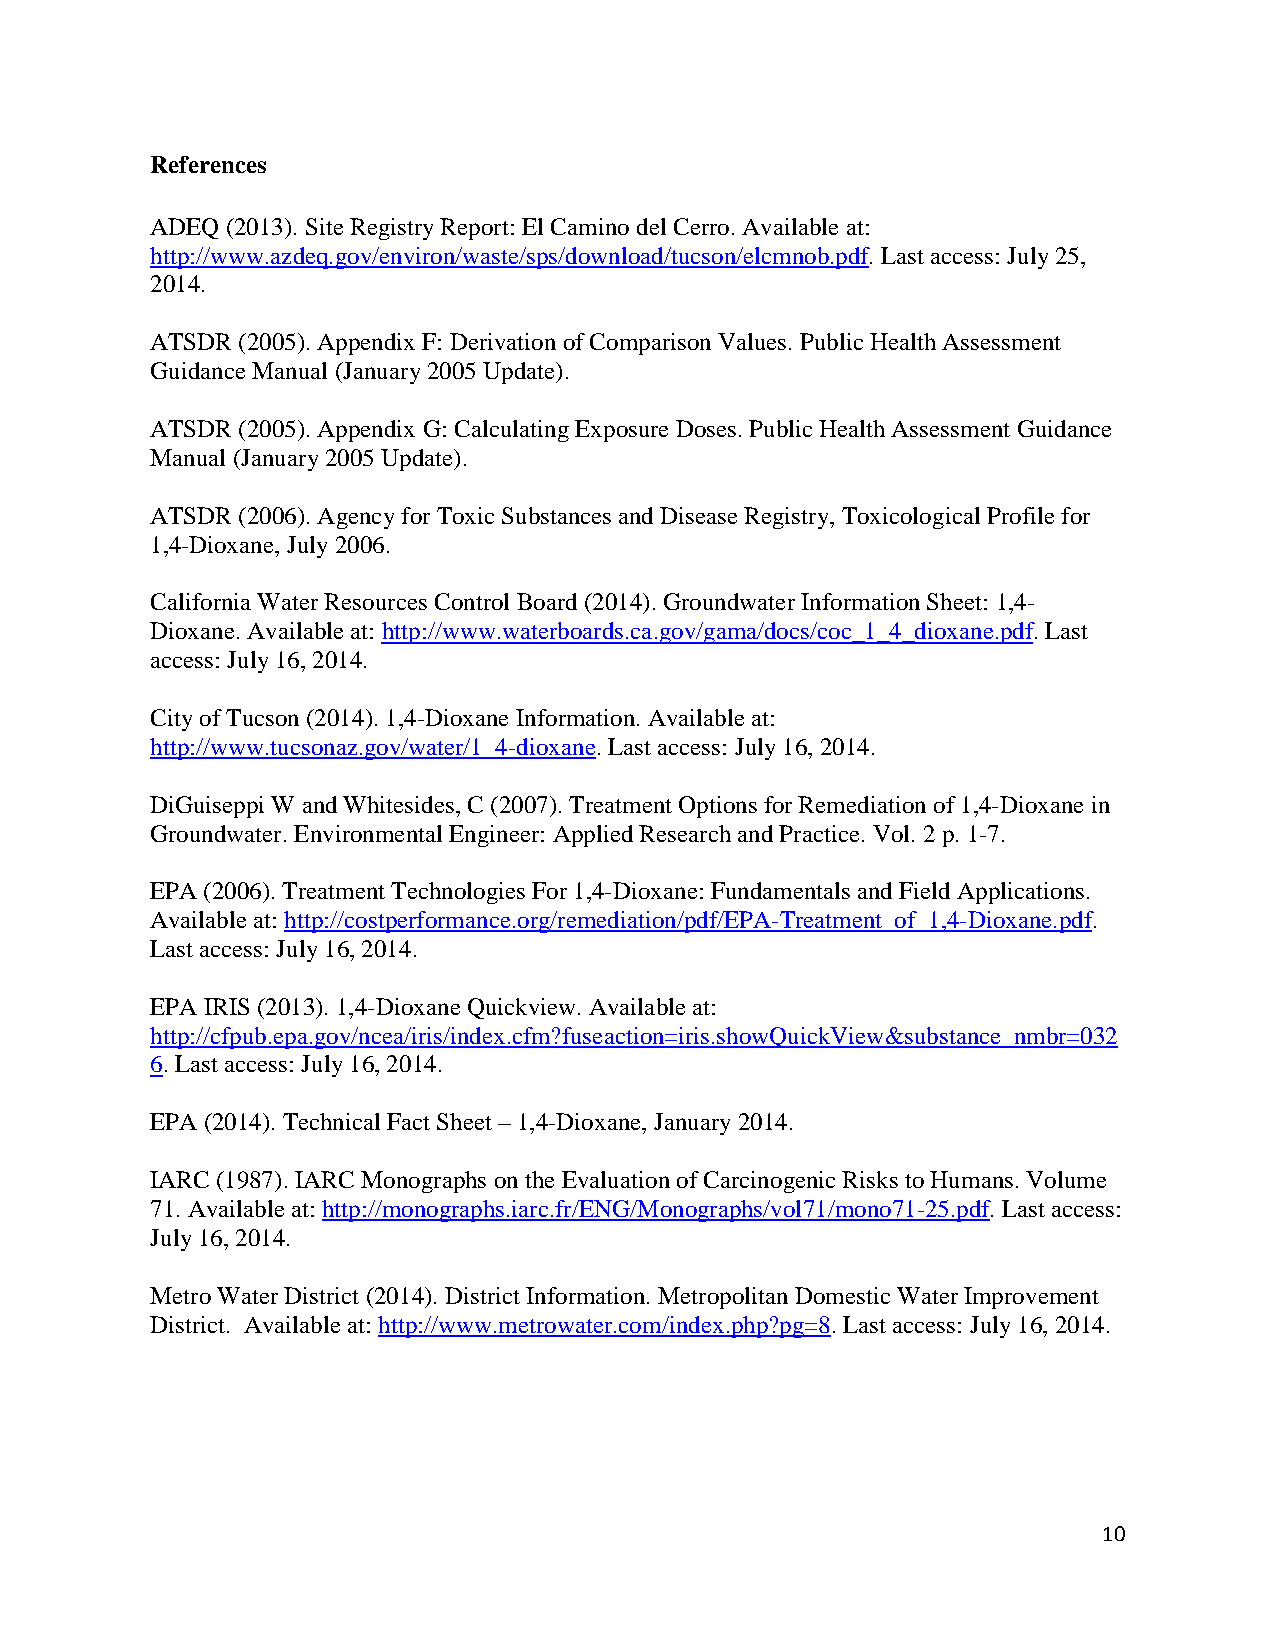
References
 ADEQ (2013). Site Registry Report: El Camino del Cerro. Available at:
 http://www.azdeq.gov/environ/waste/sps/download/tucson/elcmnob.pdf. Last access: July 25,
 2014.
 ATSDR (2005). Appendix F: Derivation of Comparison Values. Public Health Assessment
 Guidance Manual (January 2005 Update).
 ATSDR (2005). Appendix G: Calculating Exposure Doses. Public Health Assessment Guidance
 Manual (January 2005 Update).
 ATSDR (2006). Agency for Toxic Substances and Disease Registry, Toxicological Profile for
 1,4-Dioxane, July 2006.
 California Water Resources Control Board (2014). Groundwater Information Sheet: 1,4-
 Dioxane. Available at: http://www.waterboards.ca.gov/gama/docs/coc_1_4_dioxane.pdf. Last
 access: July 16, 2014.
 City of Tucson (2014). 1,4-Dioxane Information. Available at:
 http://www.tucsonaz.gov/water/1_4-dioxane. Last access: July 16, 2014.
 DiGuiseppi W and Whitesides, C (2007). Treatment Options for Remediation of 1,4-Dioxane in
 Groundwater. Environmental Engineer: Applied Research and Practice. Vol. 2 p. 1-7.
 EPA (2006). Treatment Technologies For 1,4-Dioxane: Fundamentals and Field Applications.
 Available at: http://costperformance.org/remediation/pdf/EPA-Treatment_of_1,4-Dioxane.pdf.
 Last access: July 16, 2014.
 EPA IRIS (2013). 1,4-Dioxane Quickview. Available at:
 http://cfpub.epa.gov/ncea/iris/index.cfm?fuseaction=iris.showQuickView&substance_nmbr=032
 6. Last access: July 16, 2014.
 EPA (2014). Technical Fact Sheet – 1,4-Dioxane, January 2014.
 IARC (1987). IARC Monographs on the Evaluation of Carcinogenic Risks to Humans. Volume
 71. Available at: http://monographs.iarc.fr/ENG/Monographs/vol71/mono71-25.pdf. Last access:
 July 16, 2014.
 Metro Water District (2014). District Information. Metropolitan Domestic Water Improvement
 District. Available at: http://www.metrowater.com/index.php?pg=8. Last access: July 16, 2014.
 10